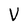
Character: V